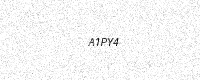
Text: A1PY4